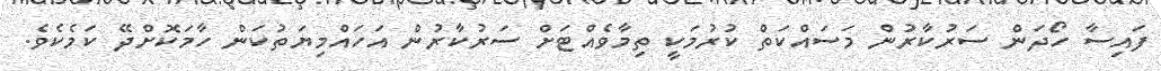
ފައިސާ ހޯދަން ސަރުކާރުން މަސައްކަތް ކުރުމަކީ ތިމާވެއްޓަށް ސަރުކާރުން އަހައްމިޔަތުކަން ހާމަކޮށްދޭ ކަަމެކެވެ.